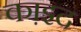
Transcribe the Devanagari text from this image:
का़इद